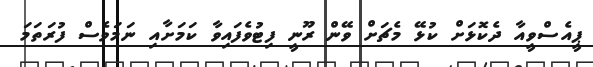
ޕީއެސްވީއާ ދެކޮޅަށް ކުޅޭ މެޗަށް ވޭން ރޫނީ ފިޓުވެފައިވާ ކަމަށާއި ނަމަވެސް ފުރަތަމަ